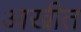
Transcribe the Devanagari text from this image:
आखीत